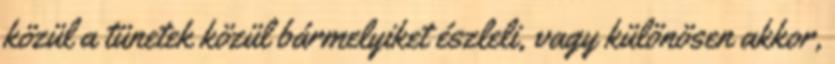
közül a tünetek közül bármelyiket észleli, vagy különösen akkor,